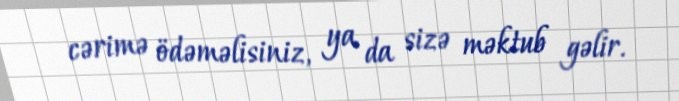
cərimə ödəməlisiniz, ya da sizə məktub gəlir.